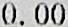
0.00